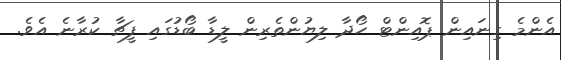
އެންމެ ގިނައިން ޕޮއިންޓް ހޯދާ ލިޔުންތެރިން ލީޑާ ބޯޑުގައި ފީޗާ ކުރާނެ އެވެ.